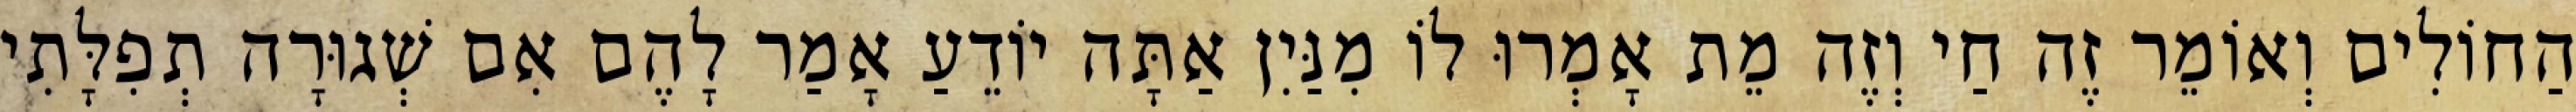
הַחוֹלִים וְאוֹמֵר זֶה חַי וְזֶה מֵת אָמְרוּ לוֹ מִנַּיִן אַתָּה יוֹדֵעַ אָמַר לָהֶם אִם שְׁגוּרָה תְפִלָּתִי